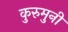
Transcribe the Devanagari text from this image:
कुरुमुनी